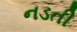
નડતી